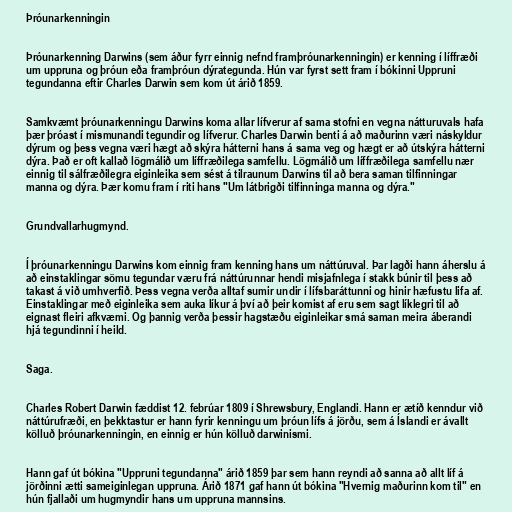
Þróunarkenningin

Þróunarkenning Darwins (sem áður fyrr einnig nefnd framþróunarkenningin) er kenning í líffræði
um uppruna og þróun eða framþróun dýrategunda. Hún var fyrst sett fram í bókinni Uppruni
tegundanna eftir Charles Darwin sem kom út árið 1859.

Samkvæmt þróunarkenningu Darwins koma allar lífverur af sama stofni en vegna nátturuvals hafa
þær þróast í mismunandi tegundir og lífverur. Charles Darwin benti á að maðurinn væri náskyldur
dýrum og þess vegna væri hægt að skýra hátterni hans á sama veg og hægt er að útskýra hátterni
dýra. Það er oft kallað lögmálið um líffræðilega samfellu. Lögmálið um líffræðilega samfellu nær
einnig til sálfræðilegra eiginleika sem sést á tilraunum Darwins til að bera saman tilfinningar
manna og dýra. Þær komu fram í riti hans "Um látbrigði tilfinninga manna og dýra."

Grundvallarhugmynd.

Í þróunarkenningu Darwins kom einnig fram kenning hans um náttúruval. Þar lagði hann áherslu á
að einstaklingar sömu tegundar væru frá náttúrunnar hendi misjafnlega í stakk búnir til þess að
takast á við umhverfið. Þess vegna verða alltaf sumir undir í lífsbaráttunni og hinir hæfustu lifa af.
Einstaklingar með eiginleika sem auka líkur á því að þeir komist af eru sem sagt líklegri til að
eignast fleiri afkvæmi. Og þannig verða þessir hagstæðu eiginleikar smá saman meira áberandi
hjá tegundinni í heild.

Saga.

Charles Robert Darwin fæddist 12. febrúar 1809 í Shrewsbury, Englandi. Hann er ætíð kenndur við
náttúrufræði, en þekktastur er hann fyrir kenningu um þróun lífs á jörðu, sem á Íslandi er ávallt
kölluð þróunarkenningin, en einnig er hún kölluð darwinismi.

Hann gaf út bókina "Uppruni tegundanna" árið 1859 þar sem hann reyndi að sanna að allt líf á
jörðinni ætti sameiginlegan uppruna. Árið 1871 gaf hann út bókina "Hvernig maðurinn kom til" en
hún fjallaði um hugmyndir hans um uppruna mannsins.